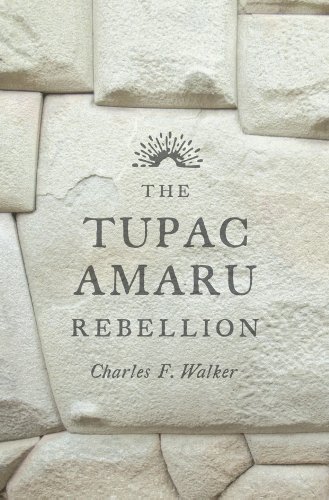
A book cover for The Tupac Amaru Rebellion; Charles F. Walker; History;